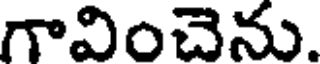
గావించెను.